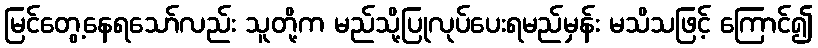
မြင်တွေ့နေရသော်လည်း သူတို့က မည်သို့ပြုလုပ်ပေးရမည်မှန်း မသိသဖြင့် ကြောင်၍